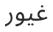
غيور